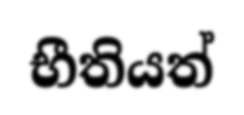
භීතියත්